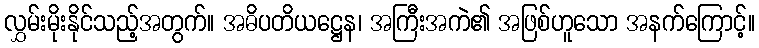
လွှမ်းမိုးနိုင်သည့်အတွက်။ အဓိပတိယဋ္ဌေန၊ အကြီးအကဲ၏ အဖြစ်ဟူသော အနက်ကြောင့်။